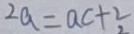
2 a = a c + 2